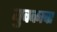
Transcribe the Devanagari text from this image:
युवकाचा